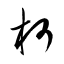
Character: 柯